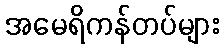
အမေရိကန်တပ်များ